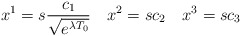
\begin{align*}x^1=s\frac{c_1}{\sqrt{e^{\lambda T_0}}}\ \ \ x^2=sc_2 \ \ \ x^3=sc_3\end{align*}